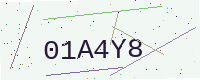
Text: 01A4Y8